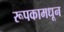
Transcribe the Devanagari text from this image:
रूपकामधून